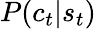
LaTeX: \textstyle P(c_{t}|s_{t})